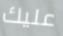
عليك